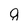
Character: g